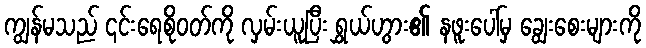
ကျွန်မသည် ၎င်းရေစိုဝတ်ကို လှမ်းယူပြီး ရွှယ်ဟွား၏ နဖူးပေါ်မှ ချွေးစေးများကို